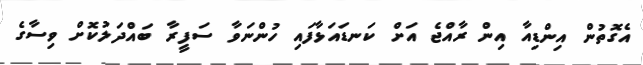
އެގޮތުން އިންޑިއާ އިން ރާއްޖެ އަށް ކަނޑައަޅާފައި ހުންނަވާ ސަފީރާ ބައްދަލުކޮށް ވިސާގެ